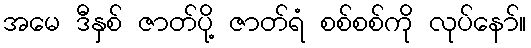
အမေ ဒီနှစ် ဇာတ်ပို့ ဇာတ်ရံ စစ်စစ်ကို လုပ်နော်။